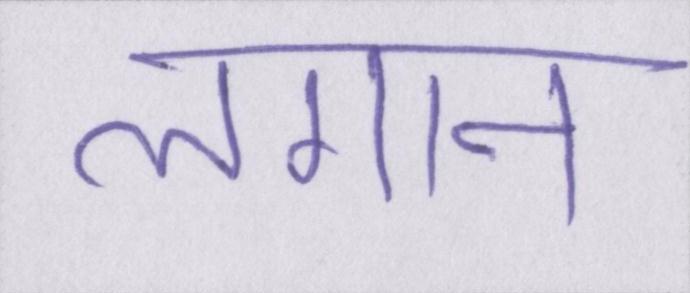
लगान